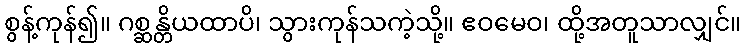
စွန့်ကုန်၍။ ဂစ္ဆန္တိယထာပိ၊ သွားကုန်သကဲ့သို့။ ဧဝမေဝ၊ ထို့အတူသာလျှင်။